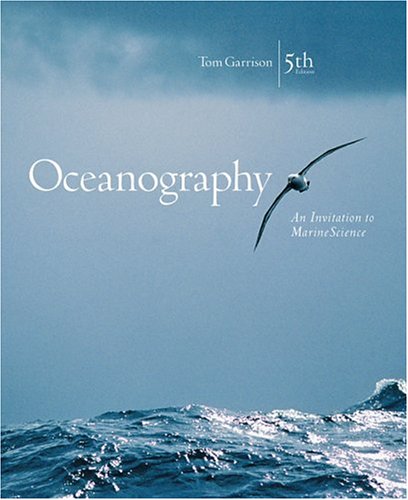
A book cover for Oceanography: An Invitation to Marine Science (with OceanographyNow, InfoTrac); Tom S. Garrison; Science & Math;